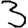
Digit: 3